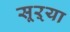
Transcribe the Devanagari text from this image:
सूऱ्या